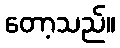
တော့သည်။